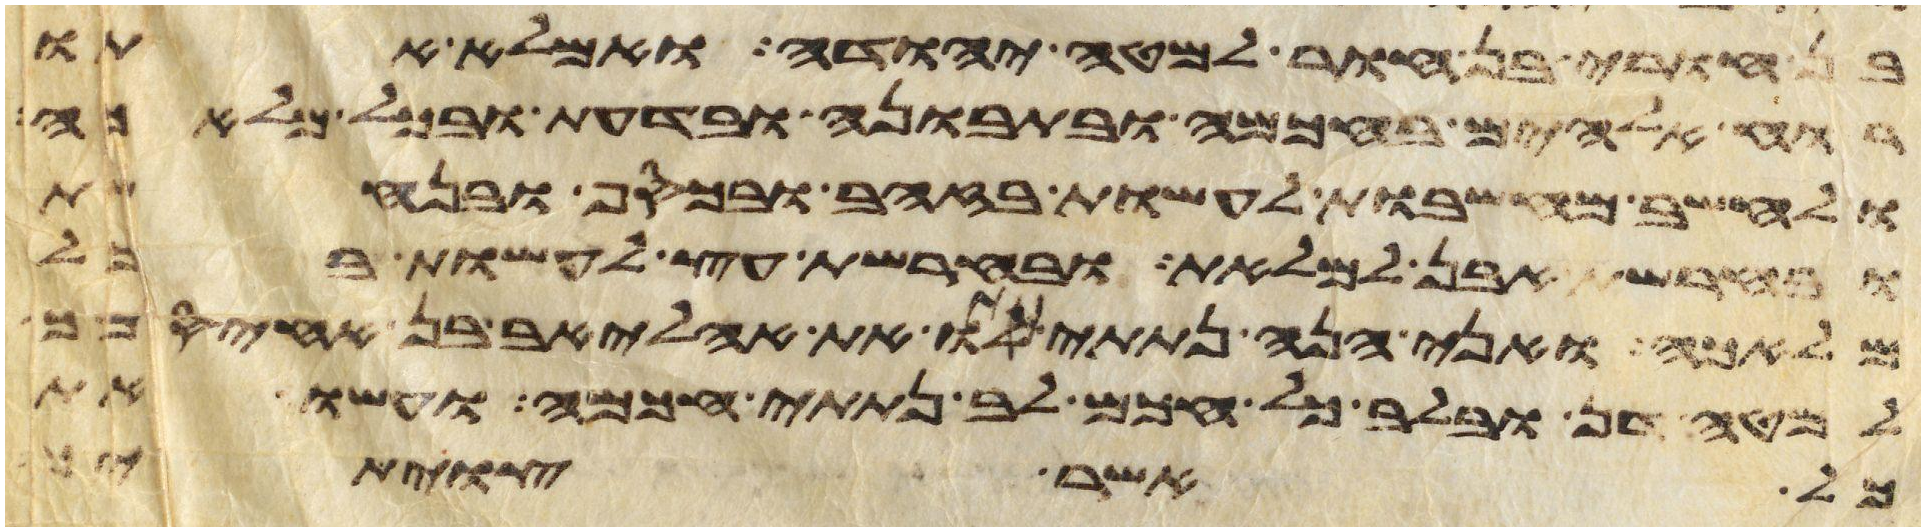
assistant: בן חורי בן חור למטה יהודה ואמלא אתו
רוח אלהים בחכמה ובתבונה ובדעת ובכל מלאכה
ולחשב מחשבות לעשות בזהב ובכסף ובנחשת
ובחרשת אבן למלאת ובחרשת עץ לעשות בכל
מלאכה ואני הנה נתתי אתו את אהליאב בן אחיסמך
למטה דן ובלב כל חכם לב נתתי חכמה ועשו את
ככל אשר צויתי